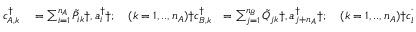
\begin{array} { r l r l } { c _ { A , k } ^ { \dagger } } & { { } = \sum _ { i = 1 } ^ { n _ { A } } \tilde { P } _ { i k } \dag , a _ { i } ^ { \dagger } \dag ; \quad ( k = 1 , . . , n _ { A } ) \dag c _ { B , k } ^ { \dagger } } & { = \sum _ { j = 1 } ^ { n _ { B } } \tilde { Q } _ { j k } \dag , a _ { j + n _ { A } } ^ { \dagger } \dag ; \quad ( k = 1 , . . , n _ { A } ) \dag c _ { B , l } ^ { \dagger } } & { { } = \sum _ { j = 1 } ^ { n _ { B } } E _ { j l } \dag , a _ { j + n _ { A } } ^ { \dagger } \dag ; \quad ( l = n _ { A } + 1 , . . , N ) \dag , , } \end{array}